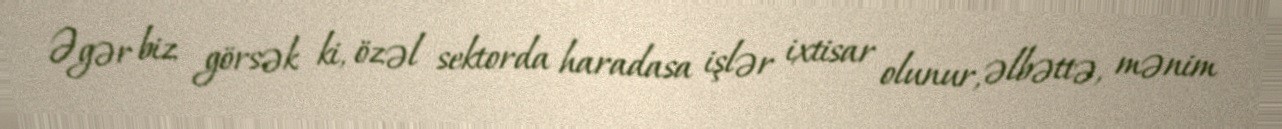
Əgər biz görsək ki, özəl sektorda haradasa işlər ixtisar olunur, əlbəttə, mənim